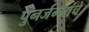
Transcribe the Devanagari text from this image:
पुनर्जन्मांचे